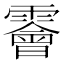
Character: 𩆁